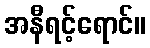
အနီရင့်ရောင်။